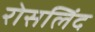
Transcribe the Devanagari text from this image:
रोसलिंद